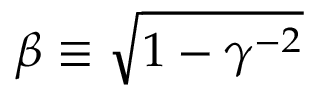
\beta \equiv \sqrt { 1 - \gamma ^ { - 2 } }